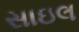
સાઇલ